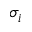
\sigma _ { i }